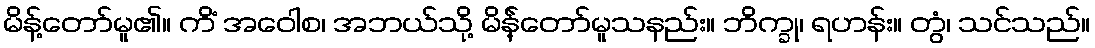
မိန့်တော်မူ၏။ ကိံ အဝေါစ၊ အဘယ်သို့ မိန်ဲ့တော်မူသနည်း။ ဘိက္ခု၊ ရဟန်း။ တွံ၊ သင်သည်။